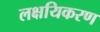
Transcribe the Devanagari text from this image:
लक्षयिकरण